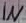
Text: IN